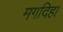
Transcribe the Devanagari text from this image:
मगदिहा